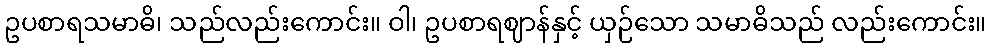
ဥပစာရသမာဓိ၊ သည်လည်းကောင်း။ ဝါ၊ ဥပစာရဈာန်နှင့် ယှဉ်သော သမာဓိသည် လည်းကောင်း။